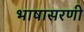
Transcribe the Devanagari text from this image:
भाषासरणी